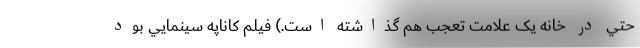
حتي در خانه يک علامت تعجب هم گذاشته است.) فيلم کاناپه سينمايي بود